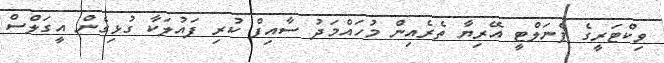
ވިކްޓަރީގެ ޕެނަލްޓީ އޭރިޔާ ތެރެއިން މުހައްމަދު ސާއިފް ކުރި ފައުލަކާ ގުޅިގެން އީގަލްސް